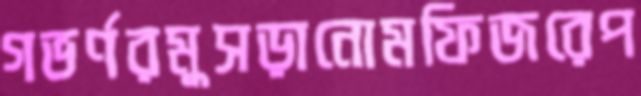
গভর্ণরমুসড়ানোমফিজরেপ